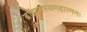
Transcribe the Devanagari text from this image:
ब्राह्मणस्यमहात्मनः